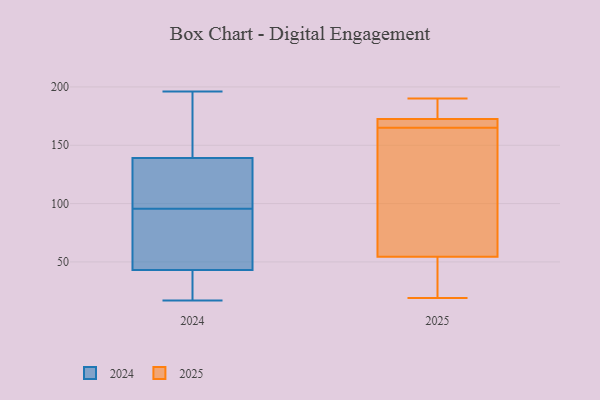
{"axis": {"x": "Energy Usage (MWh)", "y": "Value"}, "legend": ["2024", "2025"], "data": [{"x": "", "y": 90, "type": "2024"}, {"x": "", "y": 169, "type": "2024"}, {"x": "", "y": 17, "type": "2024"}, {"x": "", "y": 196, "type": "2024"}, {"x": "", "y": 120, "type": "2024"}, {"x": "", "y": 45, "type": "2024"}, {"x": "", "y": 140, "type": "2024"}, {"x": "", "y": 17, "type": "2024"}, {"x": "", "y": 138, "type": "2024"}, {"x": "", "y": 41, "type": "2024"}, {"x": "", "y": 127, "type": "2024"}, {"x": "", "y": 21, "type": "2024"}, {"x": "", "y": 101, "type": "2024"}, {"x": "", "y": 165, "type": "2024"}, {"x": "", "y": 75, "type": "2024"}, {"x": "", "y": 50, "type": "2024"}, {"x": "", "y": 65, "type": "2025"}, {"x": "", "y": 23, "type": "2025"}, {"x": "", "y": 19, "type": "2025"}, {"x": "", "y": 165, "type": "2025"}, {"x": "", "y": 73, "type": "2025"}, {"x": "", "y": 172, "type": "2025"}, {"x": "", "y": 23, "type": "2025"}, {"x": "", "y": 190, "type": "2025"}, {"x": "", "y": 174, "type": "2025"}, {"x": "", "y": 169, "type": "2025"}, {"x": "", "y": 98, "type": "2025"}, {"x": "", "y": 175, "type": "2025"}, {"x": "", "y": 166, "type": "2025"}]}